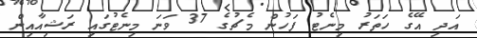
އަދި އޭގެ ހަތަރު މިނެޓު ފަހުން މެޗުގެ 37 ވަނަ މިނެޓުގައި ރަޝިއާއިން